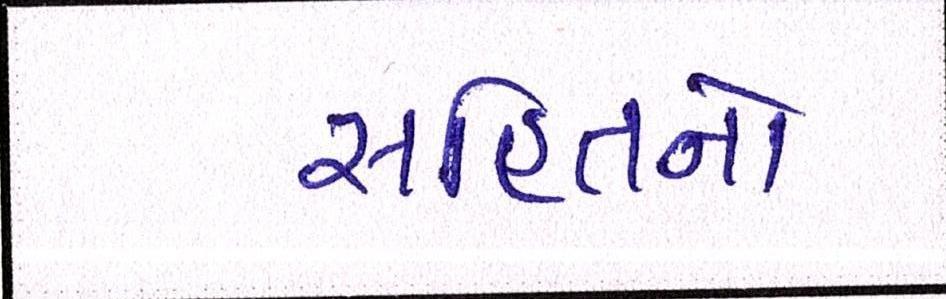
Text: સહિતનો